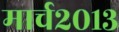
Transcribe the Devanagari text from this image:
मार्च२०१३